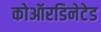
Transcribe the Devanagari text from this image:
कोऑरडिनेटेड